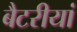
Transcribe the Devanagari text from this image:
बैटरीयां